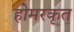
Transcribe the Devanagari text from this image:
होमरकृत